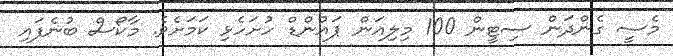
މެސީ ގެންދަން ސިޓީން 100 މިލިއަން ޕައުންޑް ހުށަހެޅި ކަމަށެވެ. މާކޯސް ބުނެފައި